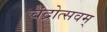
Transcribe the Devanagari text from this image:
चंद्रोत्सवम्